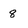
Character: 8